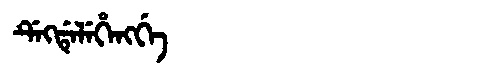
Manchu: ᡩᡝᡴᡩᡝᠯᡝᡥᡝᠩᡤᡝ
Romanization: DEKDELEHENGGE